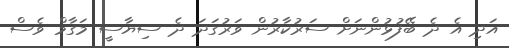
އަދި އެ ދެ ބޭފުޅުންނަށް ސަރުކާރުން ވަރުގަދަ ދެ ސިޔާސީ މަގާމް ވެސް